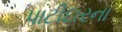
પાટીદારના